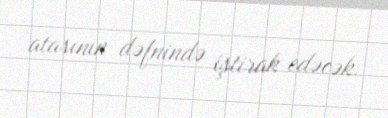
atasının dəfnində iştirak edəcək.